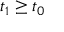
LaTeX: t _ { 1 } \geq t _ { 0 }